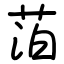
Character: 萡